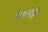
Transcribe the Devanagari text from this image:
घेतानाही